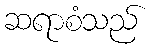
ဆရာစံသည်